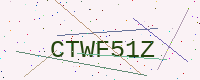
Text: CTWF51Z